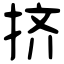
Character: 挤